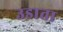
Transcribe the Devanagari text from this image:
उडाता